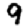
Digit: 9